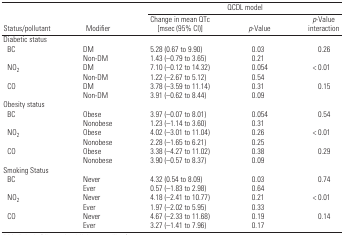
|  |  | <COLSPAN=3> QCDL model |
 | Status/pollutant | Modifier | Change in mean QTc [msec (95% CI)] | p-Value | p-Value interaction |
 | --- | --- | --- | --- | --- |
 | <COLSPAN=5> Diabetic status |
 | BC | DM | 5.28 (0.67 to 9.90) | 0.03 | 0.26 |
 |  | Non-DM | 1.43 (−0.79 to 3.65) | 0.21 |  |
 | NO2 | DM | 7.10 (−0.12 to 14.32) | 0.054 | < 0.01 |
 |  | Non-DM | 1.22 (−2.67 to 5.12) | 0.54 |  |
 | CO | DM | 3.78 (−3.59 to 11.14) | 0.31 | 0.15 |
 |  | Non-DM | 3.91 (−0.62 to 8.44) | 0.09 |  |
 | <COLSPAN=5> Obesity status |
 | BC | Obese | 3.97 (−0.07 to 8.01) | 0.054 | 0.54 |
 |  | Nonobese | 1.23 (−1.14 to 3.60) | 0.31 |  |
 | NO2 | Obese | 4.02 (−3.01 to 11.04) | 0.26 | < 0.01 |
 |  | Nonobese | 2.28 (−1.65 to 6.21) | 0.25 |  |
 | CO | Obese | 3.38 (−4.27 to 11.02) | 0.38 | 0.29 |
 |  | Nonobese | 3.90 (−0.57 to 8.37) | 0.09 |  |
 | <COLSPAN=5> Smoking Status |
 | BC | Never | 4.32 (0.54 to 8.09) | 0.03 | 0.74 |
 |  | Ever | 0.57 (−1.83 to 2.98) | 0.64 |  |
 | NO2 | Never | 4.18 (−2.41 to 10.77) | 0.21 | < 0.01 |
 |  | Ever | 1.97 (−2.02 to 5.95) | 0.33 |  |
 | CO | Never | 4.67 (−2.33 to 11.68) | 0.19 | 0.14 |
 |  | Ever | 3.27 (−1.41 to 7.96) | 0.17 |  |